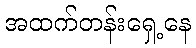
အထက်တန်းရှေ့နေ